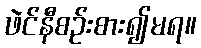
ဖဲင်နီစဉ်းစား၍မရ။